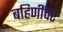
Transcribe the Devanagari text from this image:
बहिणींवर